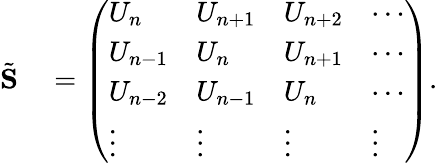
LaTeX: \begin{array}{rl}{\tilde{\mathbf S}}&{{}=\left(\begin{array}{llll}{U_{n}}&{U_{n+1}}&{U_{n+2}}&{\cdots}\\ {U_{n-1}}&{U_{n}}&{U_{n+1}}&{\cdots}\\ {U_{n-2}}&{U_{n-1}}&{U_{n}}&{\cdots}\\ {\vdots}&{\vdots}&{\vdots}&{\vdots}\end{array}\right).}\end{array}